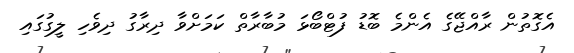
އެގޮތުން ރާއްޖޭގެ އެންމެ ބޮޑު ފުޓްބޯޅަ މުބާރާތް ކަމަށްވާ ދިރާގު ދިވެހި ލީގުގައި